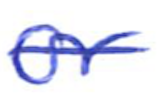
Text: or
Cross-out: single-line
Writing tool: ballpoint